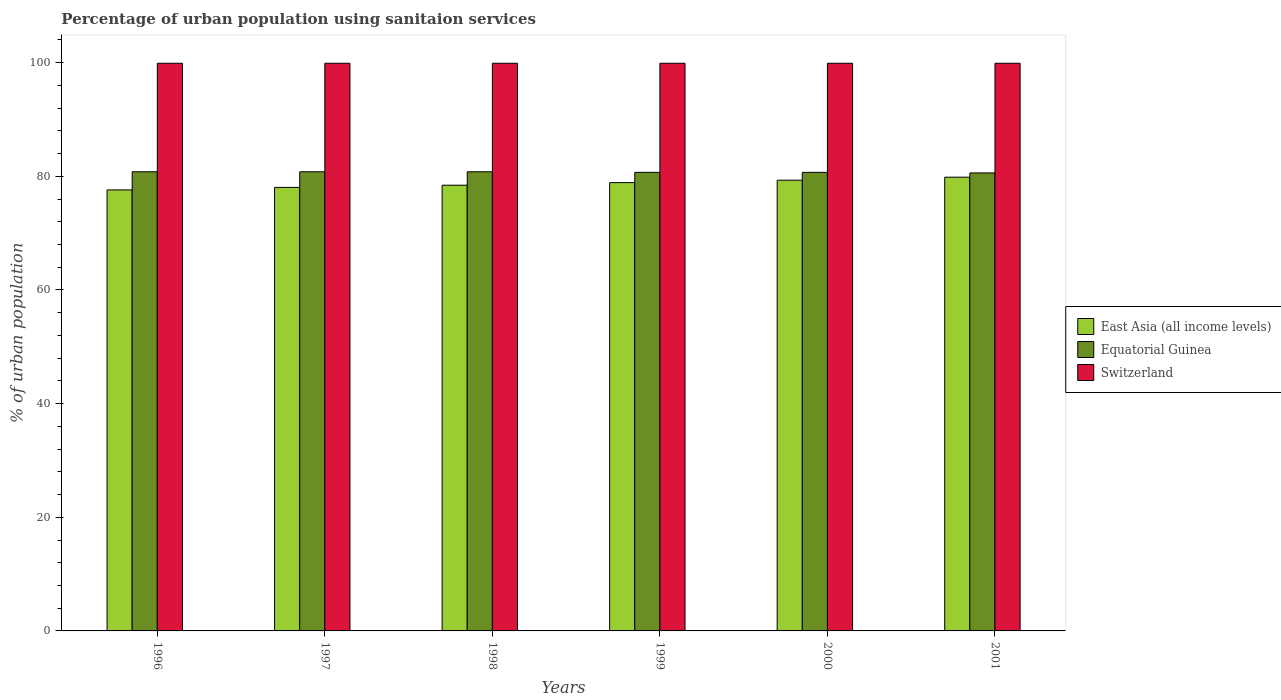
| Years | East Asia (all income levels) | Equatorial Guinea | Switzerland |
 | --- | --- | --- | --- |
 | 1996 | 77.6 | 80.8 | 99.9 |
 | 1997 | 78.1 | 80.8 | 99.9 |
 | 1998 | 78.4 | 80.8 | 99.9 |
 | 1999 | 78.9 | 80.7 | 99.9 |
 | 2000 | 79.3 | 80.7 | 99.9 |
 | 2001 | 79.8 | 80.6 | 99.9 |